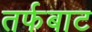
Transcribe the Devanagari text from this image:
तर्फबाट